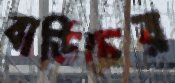
বার্ডিচের